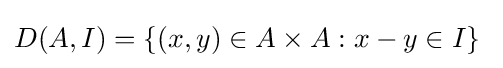
D(A,I)=\{(x,y)\in A\times A:x-y\in I\}\